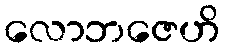
လောဘဇေဟိ